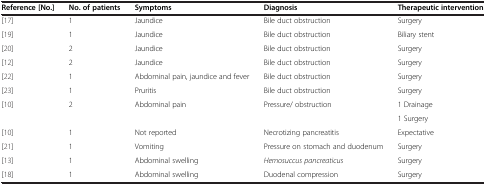
| Reference [No.] | No. of patients | Symptoms | Diagnosis | Therapeutic intervention |
 | --- | --- | --- | --- | --- |
 | [17] | 1 | Jaundice | Bile duct obstruction | Surgery |
 | [19] | 1 | Jaundice | Bile duct obstruction | Biliary stent |
 | [20] | 2 | Jaundice | Bile duct obstruction | Surgery |
 | [12] | 2 | Jaundice | Bile duct obstruction | Surgery |
 | [22] | 1 | Abdominal pain, jaundice and fever | Bile duct obstruction | Surgery |
 | [23] | 1 | Pruritis | Bile duct obstruction | Surgery |
 | [10] | 2 | Abdominal pain | Pressure/ obstruction | 1 Drainage |
 |  |  |  |  | 1 Surgery |
 | [10] | 1 | Not reported | Necrotizing pancreatitis | Expectative |
 | [21] | 1 | Vomiting | Pressure on stomach and duodenum | Surgery |
 | [13] | 1 | Abdominal swelling | Hemosuccus pancreaticus | Surgery |
 | [18] | 1 | Abdominal swelling | Duodenal compression | Surgery |